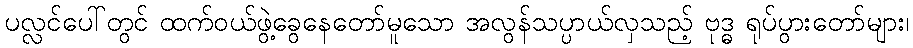
ပလ္လင်ပေါ်တွင် ထက်ဝယ်ဖွဲ့ခွေနေတော်မူသော အလွန်သပ္ပာယ်လှသည့် ဗုဒ္ဓ ရုပ်ပွားတော်များ၊